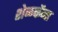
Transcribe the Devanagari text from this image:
शेळकेंना